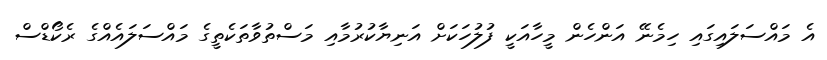
އެ މައްސަލައިގައި ހިމެނޭ އަންހެން މީހާއަކީ ފުލުހަކަށް އަނިޔާކުރުމާއި މަސްތުވާތަކެތީގެ މައްސަލައެއްގެ ރެކޯޑްސް